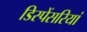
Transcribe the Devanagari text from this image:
डिस्पेंसरियां